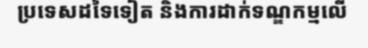
ប្រទេសដទៃទៀត និងការដាក់ទណ្ឌកម្មលើ